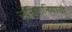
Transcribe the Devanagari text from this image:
लुसितानियाची